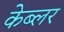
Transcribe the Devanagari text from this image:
केब्लर